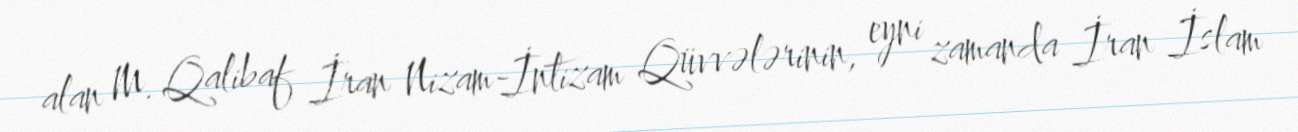
alan M. Qalibaf İran Nizam-İntizam Qüvvələrinin, eyni zamanda İran İslam